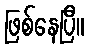
ဖြစ်နေပြီ။